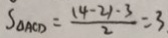
S _ { \Delta A C D } = \frac { ( 4 - 2 ) - 3 } { 2 } = 3